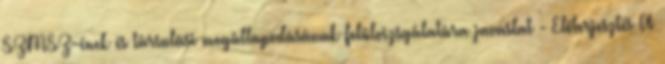
SZMSZ-ének és társulási megállapodásának felülvizsgálatára javaslat - Előterjesztés A